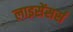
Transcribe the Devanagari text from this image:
लाइसेंसर्स